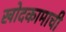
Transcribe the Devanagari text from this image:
खोदकामाची